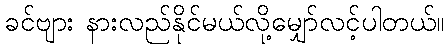
ခင်ဗျား နားလည်နိုင်မယ်လို့မျှော်လင့်ပါတယ်။